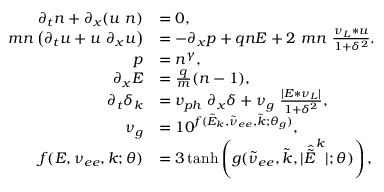
\begin{array} { r l } { \partial _ { t } n + \partial _ { x } ( u ~ n ) } & { = 0 , } \\ { m n \left( \partial _ { t } u + u ~ \partial _ { x } u \right) } & { = - \partial _ { x } p + q n E + 2 ~ m n ~ \frac { \nu _ { L } * u } { 1 + \delta ^ { 2 } } . } \\ { p } & { = n ^ { \gamma } , } \\ { \partial _ { x } E } & { = \frac { q } { m } ( n - 1 ) , } \\ { \partial _ { t } \delta _ { k } } & { = v _ { p h } ~ \partial _ { x } \delta + \nu _ { g } ~ \frac { | E * \nu _ { L } | } { 1 + \delta ^ { 2 } } , } \\ { \nu _ { g } } & { = 1 0 ^ { f ( \tilde { E } _ { k } , \tilde { \nu } _ { e e } , \tilde { k } ; \theta _ { g } ) } , } \\ { f ( E , \nu _ { e e } , k ; \theta ) } & { = 3 \operatorname { t a n h } \left( g ( \tilde { \nu } _ { e e } , \tilde { k } , | \hat { \tilde { E } } ^ { k } | ; \theta ) \right) , } \end{array}